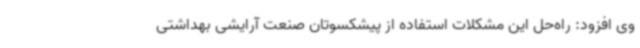
وی افزود: راه‌حل این مشکلات استفاده از پیشکسوتان صنعت آرایشی بهداشتی